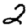
Digit: 2